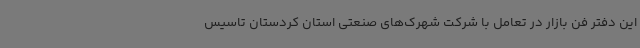
این دفتر فن بازار در تعامل با شرکت شهرک‌های صنعتی استان کردستان تاسیس